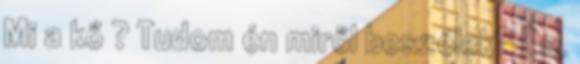
Mi a kő ? Tudom én miről beszélek? És,